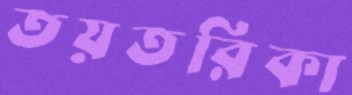
তয়তরিকা